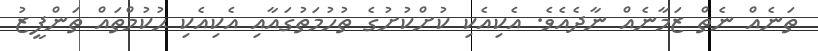
ތަނެއް ނެތް ޒަމާނެއް ނާދެއެވެ. އެކިއެކި ކުށްކުށުގެ ތުހުމަތުގައާއި އެކިއެކި ޙުކުމްތައް ތަންފީޒު